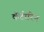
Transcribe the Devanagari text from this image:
कैंटोरिन